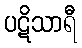
ပဋိသာရီ